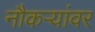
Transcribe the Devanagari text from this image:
नौकऱ्यांवर